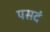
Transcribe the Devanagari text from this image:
पसदं